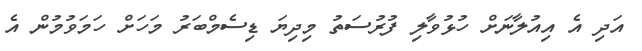
އަދި އެ އިއުލާނަށް ހުޅުވާލި ފުރުސަތު މިދިޔަ ޑިސެމްބަރު މަހަށް ހަމަވުމުން އެ